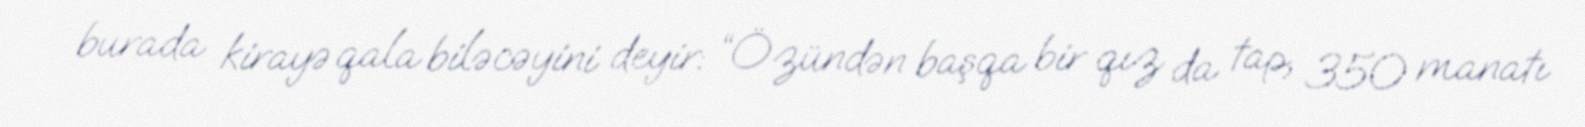
burada kirayə qala biləcəyini deyir: “Özündən başqa bir qız da tap, 350 manatı